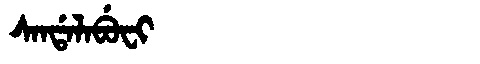
Manchu: ᠰᠠᠨᡩᠠᠯᠠᠪᡠᠸᡳ
Romanization: SANDALABUFI